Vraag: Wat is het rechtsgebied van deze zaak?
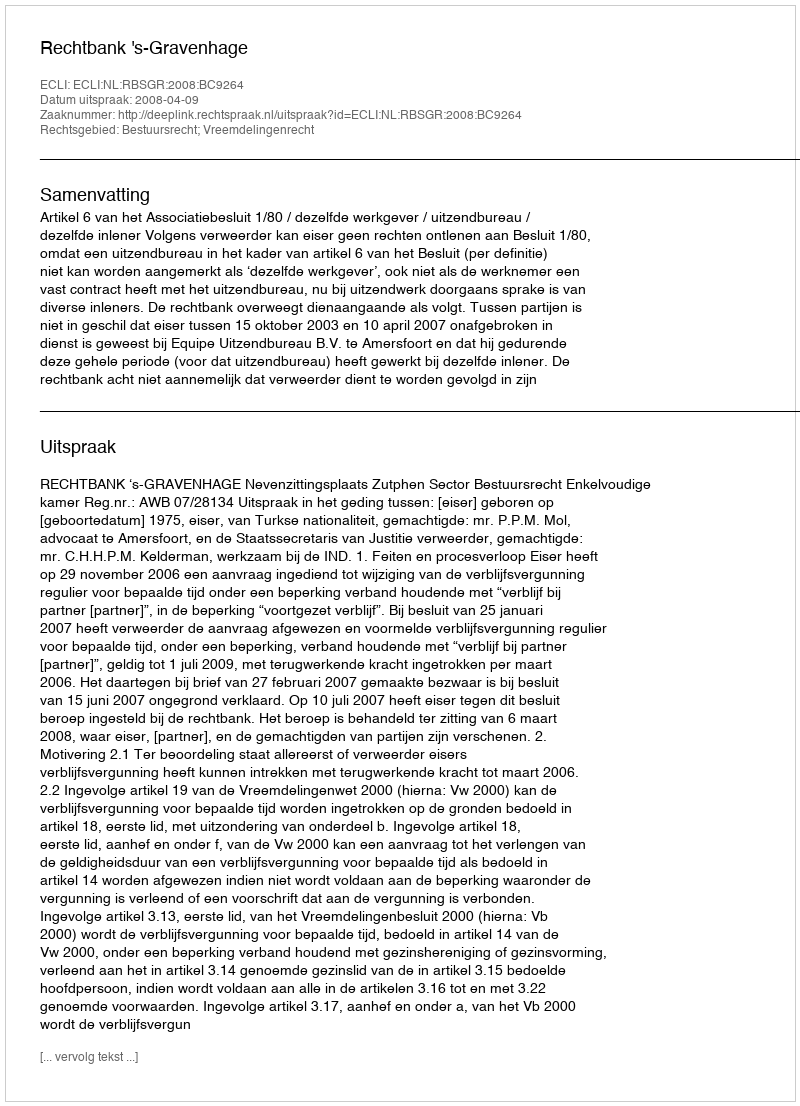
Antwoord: Bestuursrecht; Vreemdelingenrecht